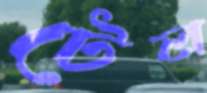
টেল